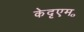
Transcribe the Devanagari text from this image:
केदृएम॰